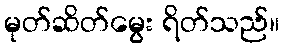
မုတ်ဆိတ်မွေး ရိတ်သည်။